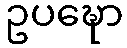
ဥပဍ္ဎော